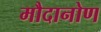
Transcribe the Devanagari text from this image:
मौदानोण